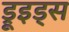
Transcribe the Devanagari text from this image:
ड्रूइड्स